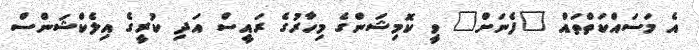
އެ މަސައްކަތްތައް "ފެނަށް" ވީ ކޮމިޝަންގެ މިހާރުގެ ރައީސް އަދި ކުރީގެ އިލެކްޝަންސް